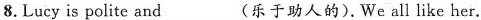
8.Lucy is polite and_(乐于助人的).We all like her.